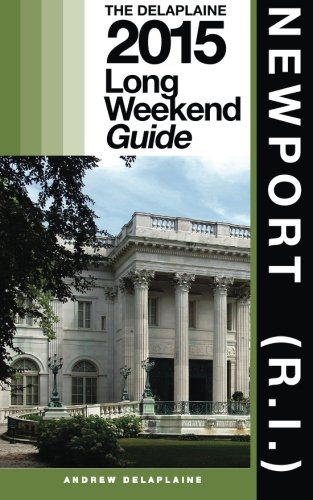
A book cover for NEWPORT (R.I.) - The Delaplaine 2015 Long Weekend Guide (Long Weekend Guides); Andrew Delaplaine; Travel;